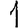
Digit: 1